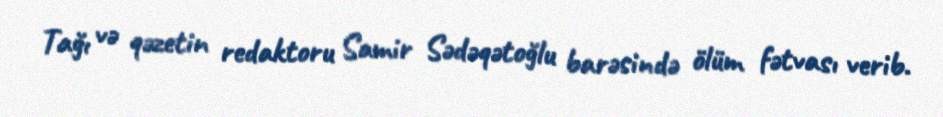
Tağı və qəzetin redaktoru Samir Sədəqətoğlu barəsində ölüm fətvası verib.